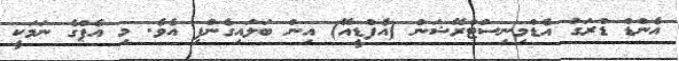
އެންޑް ޑްރަގު އެޑްމިނިސްޓްރޭޝަން (އެފްޑީއޭ) އިން ބަލައިގެންފި އެވެ. މި އެޕްގެ ނަމަކީ